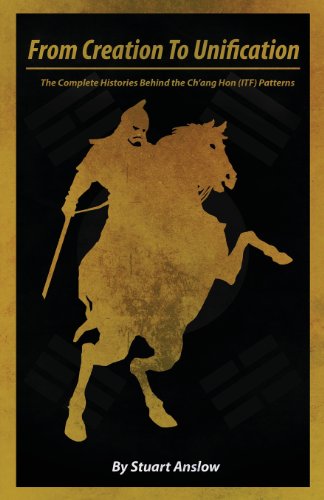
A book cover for From Creation to Unification: The Complete Histories Behind the Ch'ang Hon (ITF) Patterns; Stuart Anslow; History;